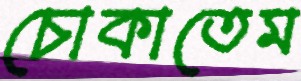
চোকাতেম